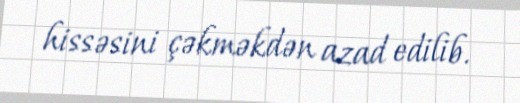
hissəsini çəkməkdən azad edilib.